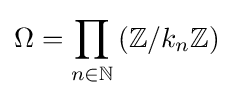
\Omega =\prod _{n\in \mathbb {N} }\left(\mathbb {Z} /k_{n}\mathbb {Z} \right)